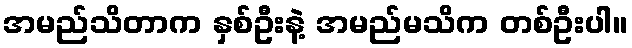
အမည်သိတာက နှစ်ဦးနဲ့ အမည်မသိက တစ်ဦးပါ။